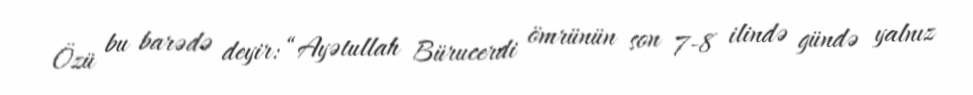
Özü bu barədə deyir: “Ayətullah Bürucerdi ömrünün son 7-8 ilində gündə yalnız